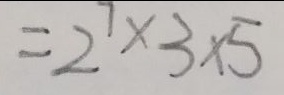
= 2 ^ { 7 } \times 3 \times 5